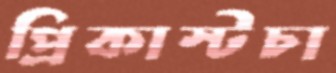
প্রিকাস্টচা